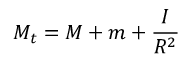
M _ { t } = M + m + { \frac { I } { R ^ { 2 } } }